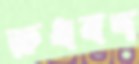
রুধবদ